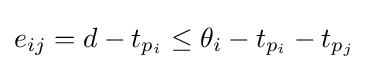
e_{ij}=d-t_{p_{i}}\leq \theta _{i}-t_{p_{i}}-t_{p_{j}}